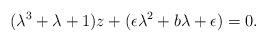
LaTeX: \begin{align*}(\lambda^{3}+ \lambda+ 1)z + (\epsilon \lambda^{2}+ b\lambda + \epsilon) =0.\end{align*}